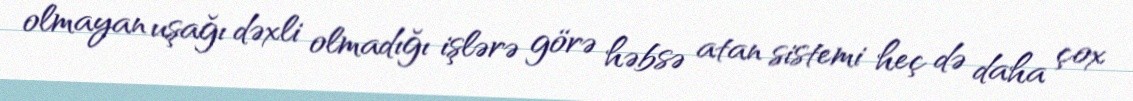
olmayan uşağı dəxli olmadığı işlərə görə həbsə atan sistemi heç də daha çox